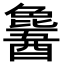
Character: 𬪹